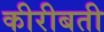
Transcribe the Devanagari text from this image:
कीरीबती